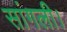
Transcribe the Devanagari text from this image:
सांगली।